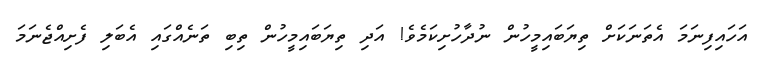
އަހައިފިނަމަ އެތަނަކަށް ތިޔަބައިމީހުން ނުދާހުށިކަމެވެ! އަދި ތިޔަބައިމީހުން ތިބި ތަނެއްގައި އެބަލި ފެށިއްޖެނަމަ